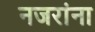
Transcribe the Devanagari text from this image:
नजरांना